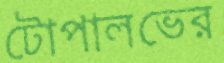
টোপালভের